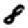
Digit: 8